Indian journal of veterinary science and animal husbandry - Volume 3,
Year: 1933
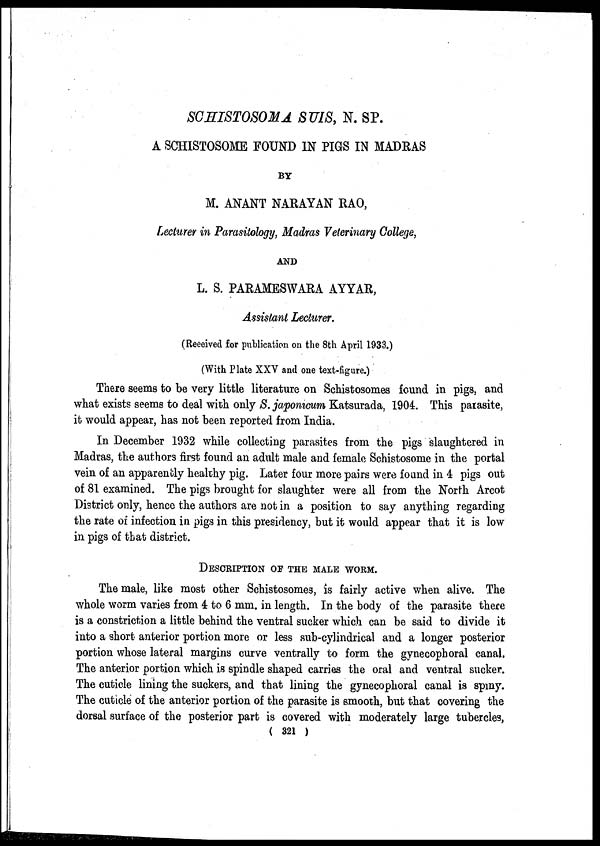
SCHISTOSOMA SUIS, N. SP.
A SCHISTOSOME FOUND IN PIGS IN MADRAS
BY
M. ANANT NARAYAN RAO,
Lecturer in Parasitology, Madras Veterinary College,
AND
L. S. PARAMESWARA AYYAR,
Assistant Lecturer.
(Received for publication on the 8th April 1933.)
(With Plate XXV and one text-figure.)
There seems to be very little literature on Schistosomes found in pigs, and
what exists seems to deal with only S. japonicum Katsurada, 1904. This parasite,
it would appear, has not been reported from India.
In December 1932 while collecting parasites from the pigs slaughtered in
Madras, the authors first found an adult male and female Schistosome in the portal
vein of an apparently healthy pig. Later four more pairs were found in 4 pigs out
of 81 examined. The pigs brought for slaughter were all from the North Arcot
District only, hence the authors are not in a position to say anything regarding
the rate of infection in pigs in this presidency, but it would appear that it is low
in pigs of that district.
DESCRIPTION OF THE MALE WORM.
The male, like most other Schistosomes, is fairly active when alive. The
whole worm varies from 4 to 6 mm. in length. In the body of the parasite there
is a constriction a little behind the ventral sucker which can be said to divide it
into a short anterior portion more or less sub-cylindrical and a longer posterior
portion whose lateral margins curve ventrally to form the gynecophoral canal.
The anterior portion which is spindle shaped carries the oral and ventral sucker.
The cuticle lining the suckers, and that lining the gynecophoral canal is spiny.
The cuticle of the anterior portion of the parasite is smooth, but that covering the
dorsal surface of the posterior part is covered with moderately large tubercles,
( 321 )